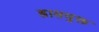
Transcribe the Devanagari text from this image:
ह्रासयुक्त